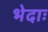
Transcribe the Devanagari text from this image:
भेदाः